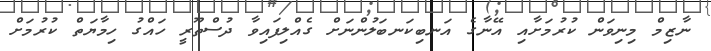
ނާޒިމް މިނިވަން ކުރުމަށާއި އޭނާގެ އަނބިކަނބަލުންނަށް ގެއްލިފައިވާ ދުސްތޫރީ ހައްގު ހިމާޔަތް ކުރުމަށް